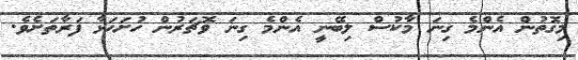
މިގޮތުން އެންމެ ގިނަ މާކުސް ލިބޭނީ އެންމެ ގިނަ ވޮޗަރުން ހުށަހަޅާ ފަރާތަށެވެ.